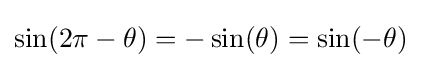
\sin(2\pi -\theta )=-\sin(\theta )=\sin(-\theta )